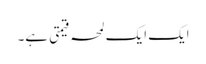
ایک ایک لمحہ قیمتی ہے۔